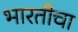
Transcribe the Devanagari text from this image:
भारतीचा